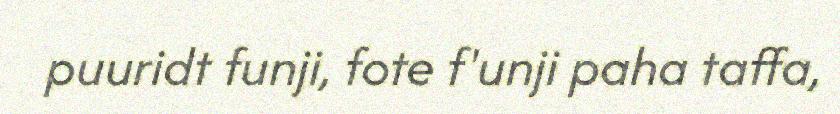
puuridt funji, fote f'unji paha taffa,